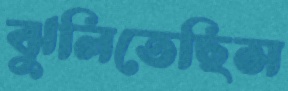
ঝুলিতেছিস